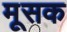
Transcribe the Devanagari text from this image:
मूसक